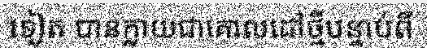
ទៀត បានក្លាយជាគោលដៅថ្មីបន្ទាប់ពី